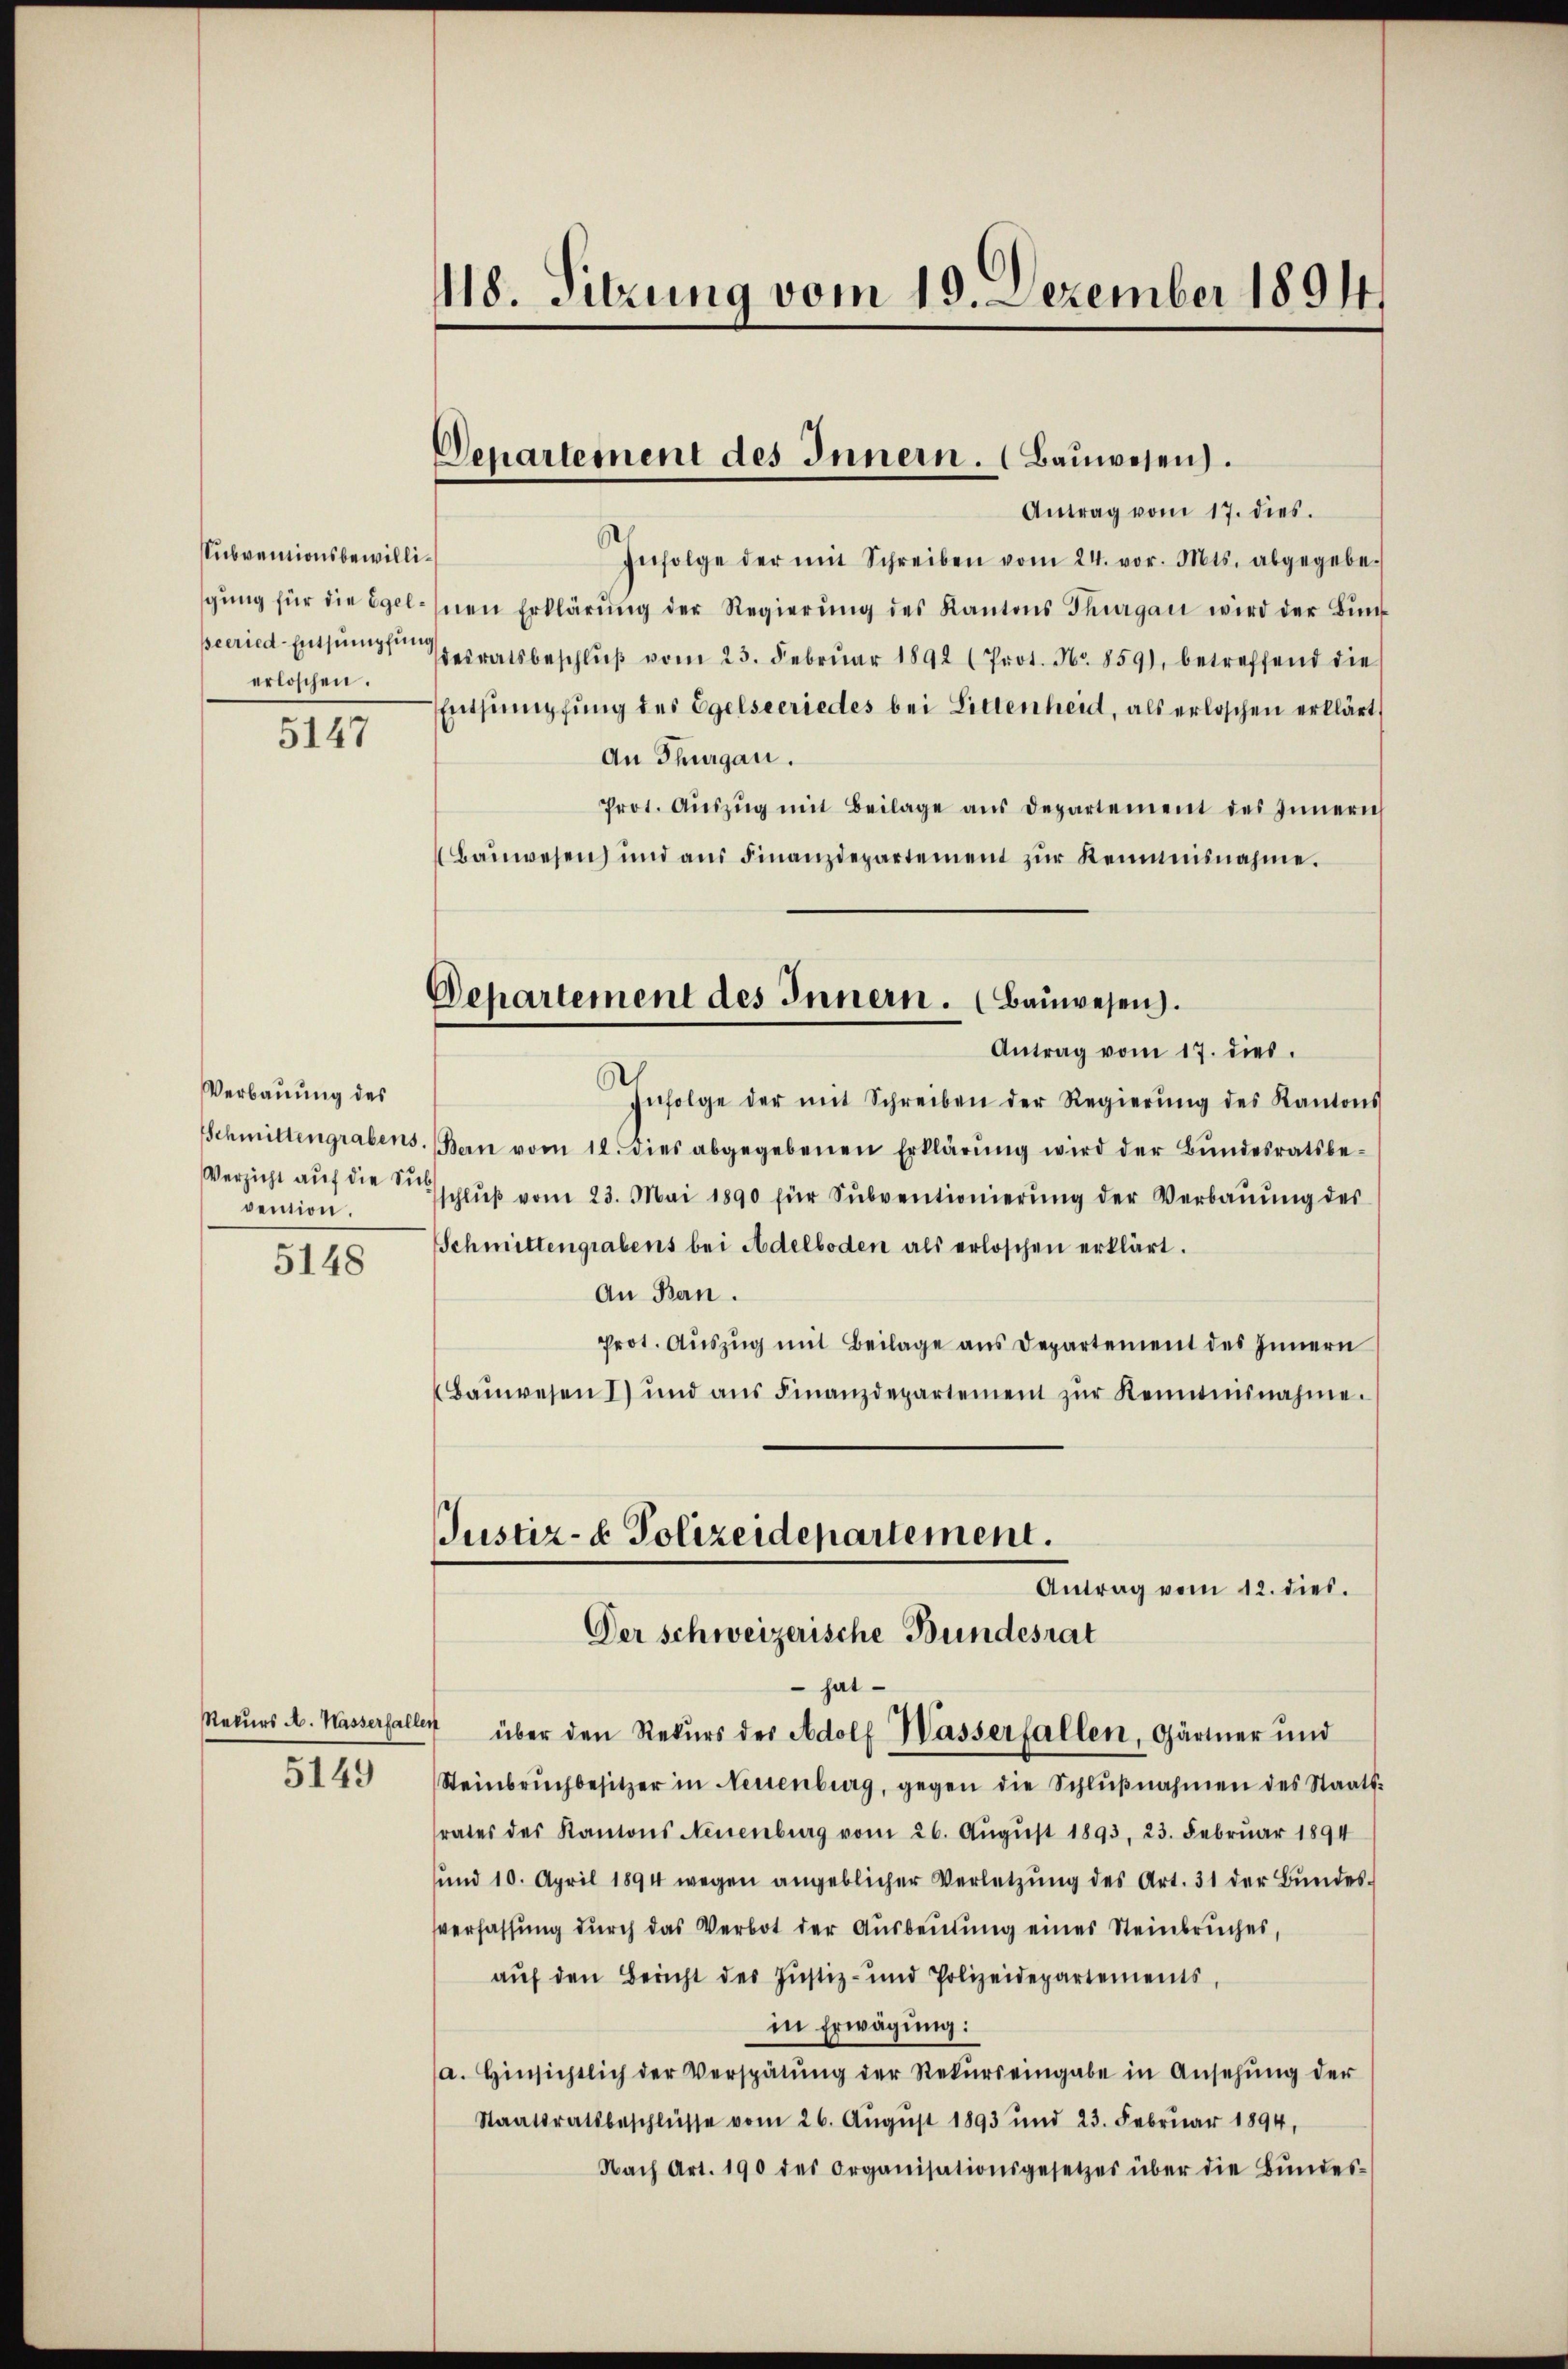
Subventionsbewilligung für die Egelseeried-Entsumpfung
erloschen.

5147

Verbauung des
Schmittengrabens.
Verzicht auf die Sub
vention.

5148

Rekurs A. Wasserfaller
5149

118. Sitzung vom 19. Dezember 1894.

Departement des Innern. (Bauwesen.
Antrag vom 17. dies

Departement des Innern. (Bauwesen.
Antrag vom 17. dies

Infolge der mit Schreiben vom 24. vor. Mts. abgegebe-
nen Erklärŭng der Regierŭng des Kantons Thurgau wird der Bŭn
desratsbeschlŭβ vom 23. Febrŭar 1892 (Prot. No. 859), betreffend die
Entsumpfung des Egelsecriedes bei Littenheit, als erloschen erklärt
An Thurgau.
Prot. Aŭszŭg mit Beilage aus Departement des Innern
Baŭwesen und aŭs Finanzdepartement zŭr Reimnisnahme.
Infolge der mit Schreiben der Regierŭng des Kantons
Bern vom 12. dies abgegebenen Erklärŭng wird der Bŭndesratsbe-
schlŭβ vom 23. Mai 1890 für Sŭbventionierŭng der Verbaŭŭng des
Schmittengrabens bei Adelboden als erloschen erklärt.
An Ban.
Prot. Aŭszŭg mit Beilage aus Departement des Innern
Baŭwesen 1) und aŭs Finanzdepartement zŭr Kenntnisnahme.
Justiz- & Polizeidepartement.
Antrag vom 12. dies.
Der Schweizerische Bundesrat
 hat
7 über den Rekŭrs des Adolf Wasserfallen, Gärtner und
Steinbrŭchbesitzer in Neuenburg, gegen die Schlŭβnahmen des Staats-
rates des Kantons Neuenburg vom 26. Aŭgŭst 1893, 23. Febrŭar 1894
und 10. April 1894 wegen angeblicher Verletzŭng des Art. 31 der Bŭndes-
sverfassung durch das Verbot der Ausbeutung eines Steinbruches,
aŭf den Bericht der Justiz- und Polizeidepartements,
in Erwägung:
a. Hinsichtlich der Verspätŭng der Rekŭrs eingabe in Ansehŭng der
Staatsratsbeschlüsse vom 26. Aŭgŭst 1893 und 23. Febrŭar 1894,
Nach Art. 190 des Organisationsgesetzes über die Bŭndes-